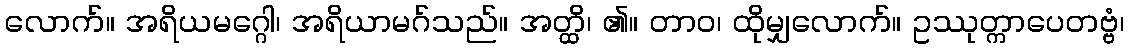
လောက်။ အရိယမဂ္ဂေါ၊ အရိယာမဂ်သည်။ အတ္ထိ၊ ၏။ တာဝ၊ ထိုမျှလောက်။ ဥဿုတ္ကာပေတဗ္ဗံ၊